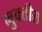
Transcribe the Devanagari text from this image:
मुक्तीस